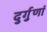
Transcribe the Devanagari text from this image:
दुर्गुणां